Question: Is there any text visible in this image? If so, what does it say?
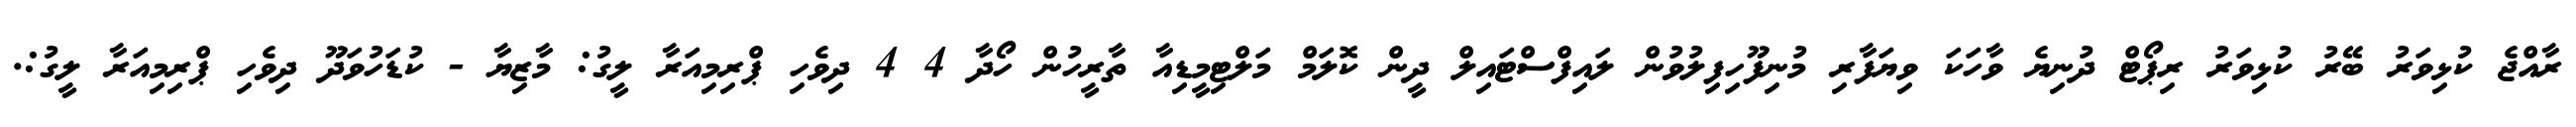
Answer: ރާއްޖެ ކުޅިވަރު ބޭރު ކުޅިވަރު ރިޕޯޓް ދުނިޔެ ވާހަކަ ވިޔަފާރި މުނިފޫހިފިލުވުން ލައިފްސްޓައިލް ދީން ކޮލަމް މަލްޓިމީޑިއާ ތާރީހުން ހޯދާ 4 4 ދިވެހި ޕްރިމިއަރާ ލީގު: މާޒިޔާ - ކުޑަހުވަދޫ ދިވެހި ޕްރިމިއަރާ ލީގު:.